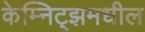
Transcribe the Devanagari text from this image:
केम्निट्झमधील